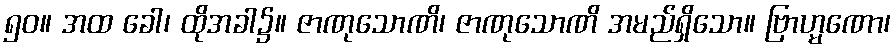
၅၀။ အထ ခေါ၊ ထိုအခါ၌။ ဇာဏုသောဏိ၊ ဇာဏုသောဏိ အမည်ရှိသော။ ဗြာဟ္မဏော၊